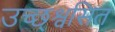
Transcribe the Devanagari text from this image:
उच्छ्श्वसित